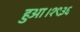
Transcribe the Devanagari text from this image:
हुआ।१९३६